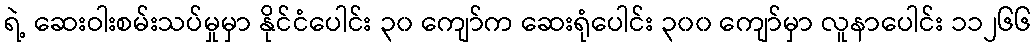
ရဲ့ ဆေးဝါးစမ်းသပ်မှုမှာ နိုင်ငံပေါင်း ၃၀ ကျော်က ဆေးရုံပေါင်း ၃၀၀ ကျော်မှာ လူနာပေါင်း ၁၁၂၆၆